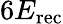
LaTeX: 6E_{\mathrm{rec}}